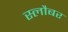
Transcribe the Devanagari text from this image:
स्लौबर